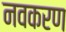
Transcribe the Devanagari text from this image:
नवकरण